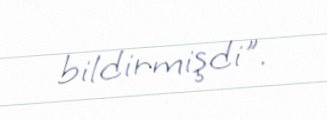
bildirmişdi".